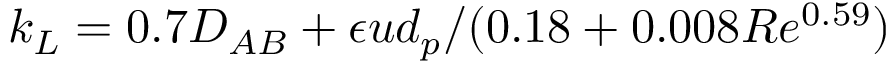
k _ { L } = 0 . 7 D _ { A B } + \epsilon u d _ { p } / ( 0 . 1 8 + 0 . 0 0 8 R e ^ { 0 . 5 9 } )